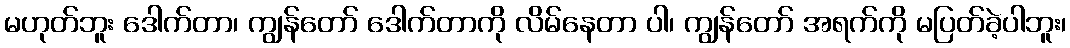
မဟုတ်ဘူး ဒေါက်တာ၊ ကျွန်တော် ဒေါက်တာကို လိမ်နေတာ ပါ၊ ကျွန်တော် အရက်ကို မပြတ်ခဲ့ပါဘူး၊